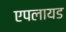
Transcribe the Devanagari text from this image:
एपलायड